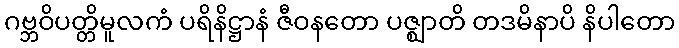
ဂဗ္ဘဝိပတ္တိမူလကံ ပရိနိဋ္ဌာနံ ဇီဝနတော ပဇ္ဈာတိ တဒမိနာပိ နိပါတော